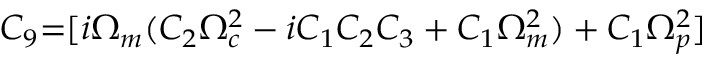
{ C _ { 9 } } \mathrm { { = } } [ i { \Omega _ { m } } ( { C _ { 2 } } \Omega _ { c } ^ { 2 } - i { C _ { 1 } } { C _ { 2 } } { C _ { 3 } } + { C _ { 1 } } \Omega _ { m } ^ { 2 } ) + { C _ { 1 } } \Omega _ { p } ^ { 2 } ]